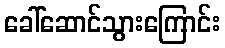
ခေါ်ဆောင်သွားကြောင်း